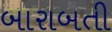
બારાબતી